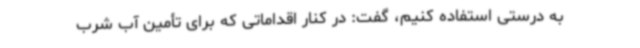
به درستی استفاده کنیم، گفت: در کنار اقداماتی که برای تأمین آب شرب